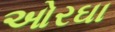
ઓરઘા